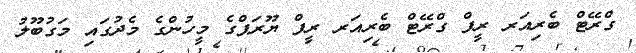
ގްރޭޓް ބެރިއަރ ރީފް ގްރޭޓް ބެރިއަރ ރީފް ޔޫރަޕްގެ މީހުންގެ މެދުގައި މަގުބޫލު